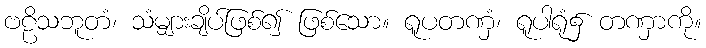
ဗဠိသဘူတံ၊ သံမျှားချိပ်ဖြစ်၍ ဖြစ်သော။ ရူပတဏှံ၊ ရူပါရုံ၌ တဏှာကို။